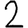
Digit: 2